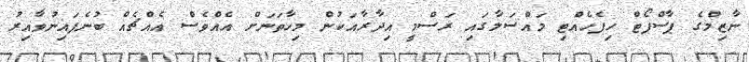
ނާޒިމްގެ ޕާސްޕޯޓް ހިފެހެއްޓި މައްސަލާގައި ރަސްމީ އިދާރާއަކުން މިހާތަނަށް އެއްވެސް އެއްޗެއް ބުނެފައިނުވާއިރު